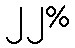
၂၂%